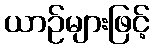
ယာဉ်များဖြင့်